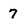
Character: 7